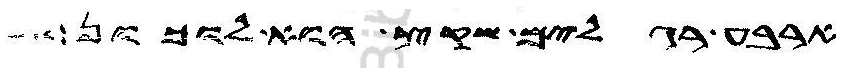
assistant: ארבע רגלים שקץ הוא לוכון